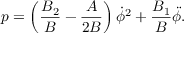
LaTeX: p = \left( \frac { B _ { 2 } } { B } - \frac { A } { 2 B } \right) \dot { \phi } ^ { 2 } + \frac { B _ { 1 } } { B } \ddot { \phi } .